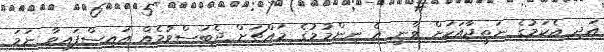
އަދި އެކަމުގެ ނަތީޖާއަކަށް ވާނީ އެ ނިންމުމުގެ މައްޗަށް ދެބަސްވުމެއް އައިސްފައިވާ ނަމަ